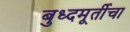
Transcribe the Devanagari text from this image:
बुध्दमूर्तीचा